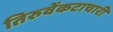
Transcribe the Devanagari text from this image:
तिरुवेंकटाचारी